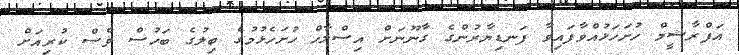
އަފްރާޝީމް ހުށަހަޅުއްވާފައިވާ ފަނޑިޔާރުންގެ ގާނޫނަށް އިސްލާހް ހުށަހެޅުމުގެ ބިލުގެ ބަހުސް ވެސް ކުރިއަށް